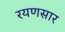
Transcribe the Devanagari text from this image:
रयणसार